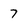
Character: 7